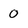
Character: 0